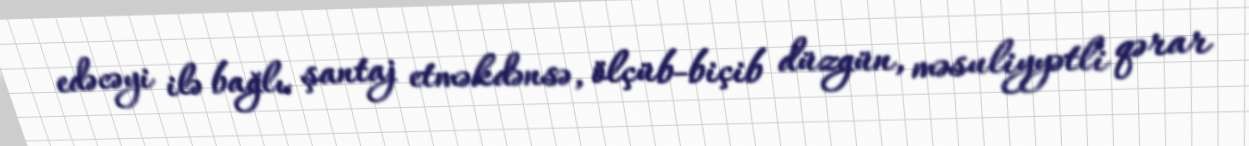
edəcəyi ilə bağlı şantaj etməkdənsə, ölçüb-biçib düzgün, məsuliyyətli qərar